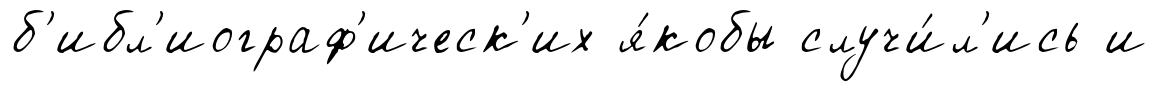
б'ибл'иограф'ическ'их я́кобы случи́л'ись и